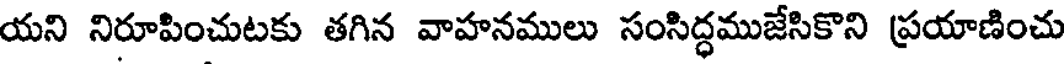
యని నిరూపించుటకు తగిన వాహనములు సంసిద్ధముజేసికొని ప్రయాణించు